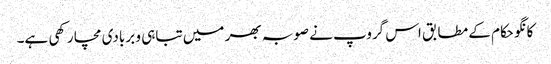
کانگو حکام کے مطابق اس گروپ نے صوبہ بھر میں تباہی و بربادی مچا رکھی ہے۔